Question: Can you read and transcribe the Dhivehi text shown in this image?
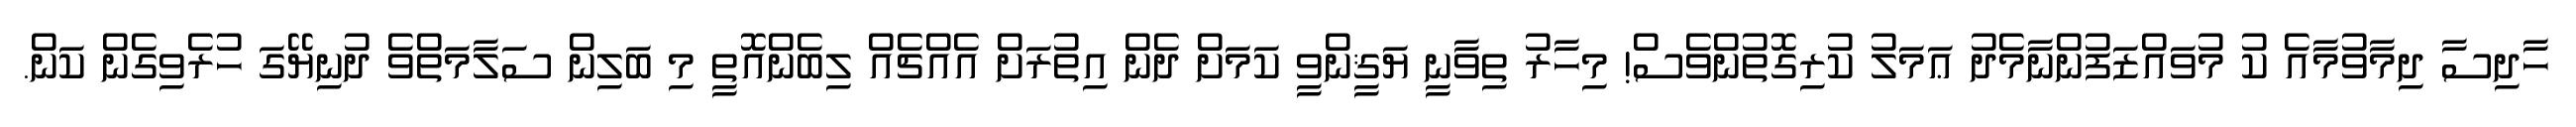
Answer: ހާދިސާ ދިމާވުމާއެ ކު މުވައްޒަފުންނާމެދު ޢަމަލު ކުރިގޮތުންވެސް! މިހާރު ތިވާނީ ޔަޤީންވީ ކަމަށް ދެން އިތުރަށް އެއްޗެއް ލިބެންއޮތީ މި ބަލިން ސަލާމަތްވެ ދުނިޔޭގަ ހުރެވިގެން ކަން.